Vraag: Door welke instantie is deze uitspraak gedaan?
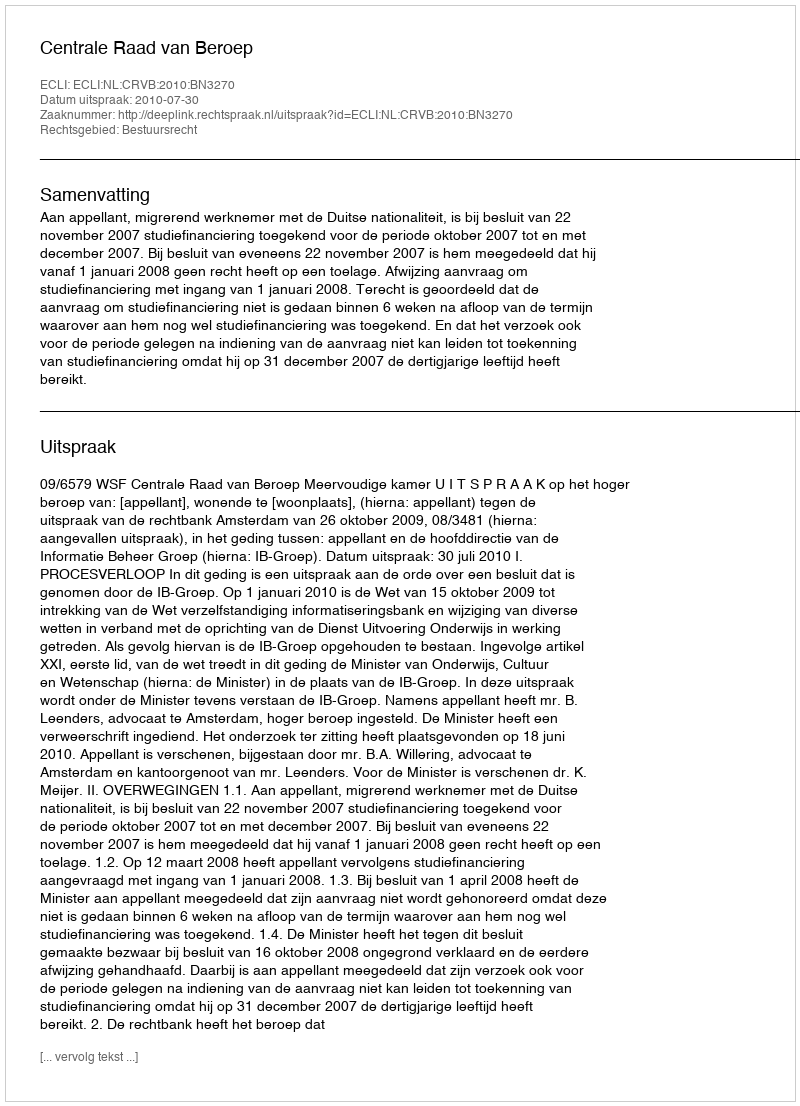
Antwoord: Centrale Raad van Beroep